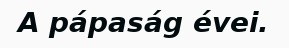
A pápaság évei.